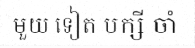
មួយ ទៀត បក្សី ចាំ